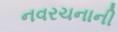
નવરચનાની